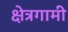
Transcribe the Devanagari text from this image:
क्षेत्रगामी